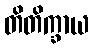
တိတိက္ခာယ